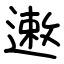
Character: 遫